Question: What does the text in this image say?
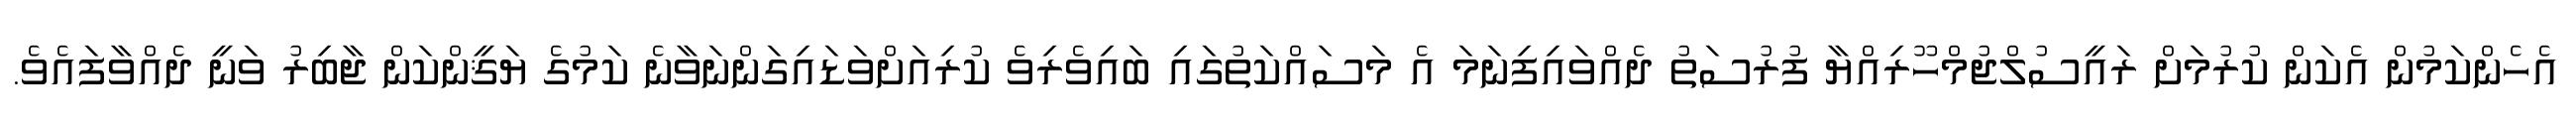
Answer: އެހެންކަމުން އެކަން ކުރުމަށް ރައީސުލްޖުމްހޫރިއްޔާ ފުރުސަތު ދެއްވައިފިނަމަ އެ މަސައްކަތުގައި ބައިވެރިވެ ކުރިއަށްވަޑައިގަންނަވާނެ ކަމުގެ ޔަޤީންކަން ޖާބިރު ވަނީ ދެއްވާފައެވެ.